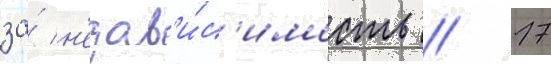
за́ н'езав'и́с'имость // 17